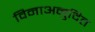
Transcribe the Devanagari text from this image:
विनाअनुदित